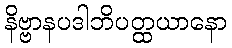
နိဗ္ဗာနပဒါဘိပတ္ထယာနော